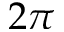
2 \pi